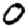
Digit: 0